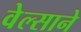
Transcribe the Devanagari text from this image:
वेल्साने